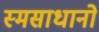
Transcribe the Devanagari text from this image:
स्मसाधानो